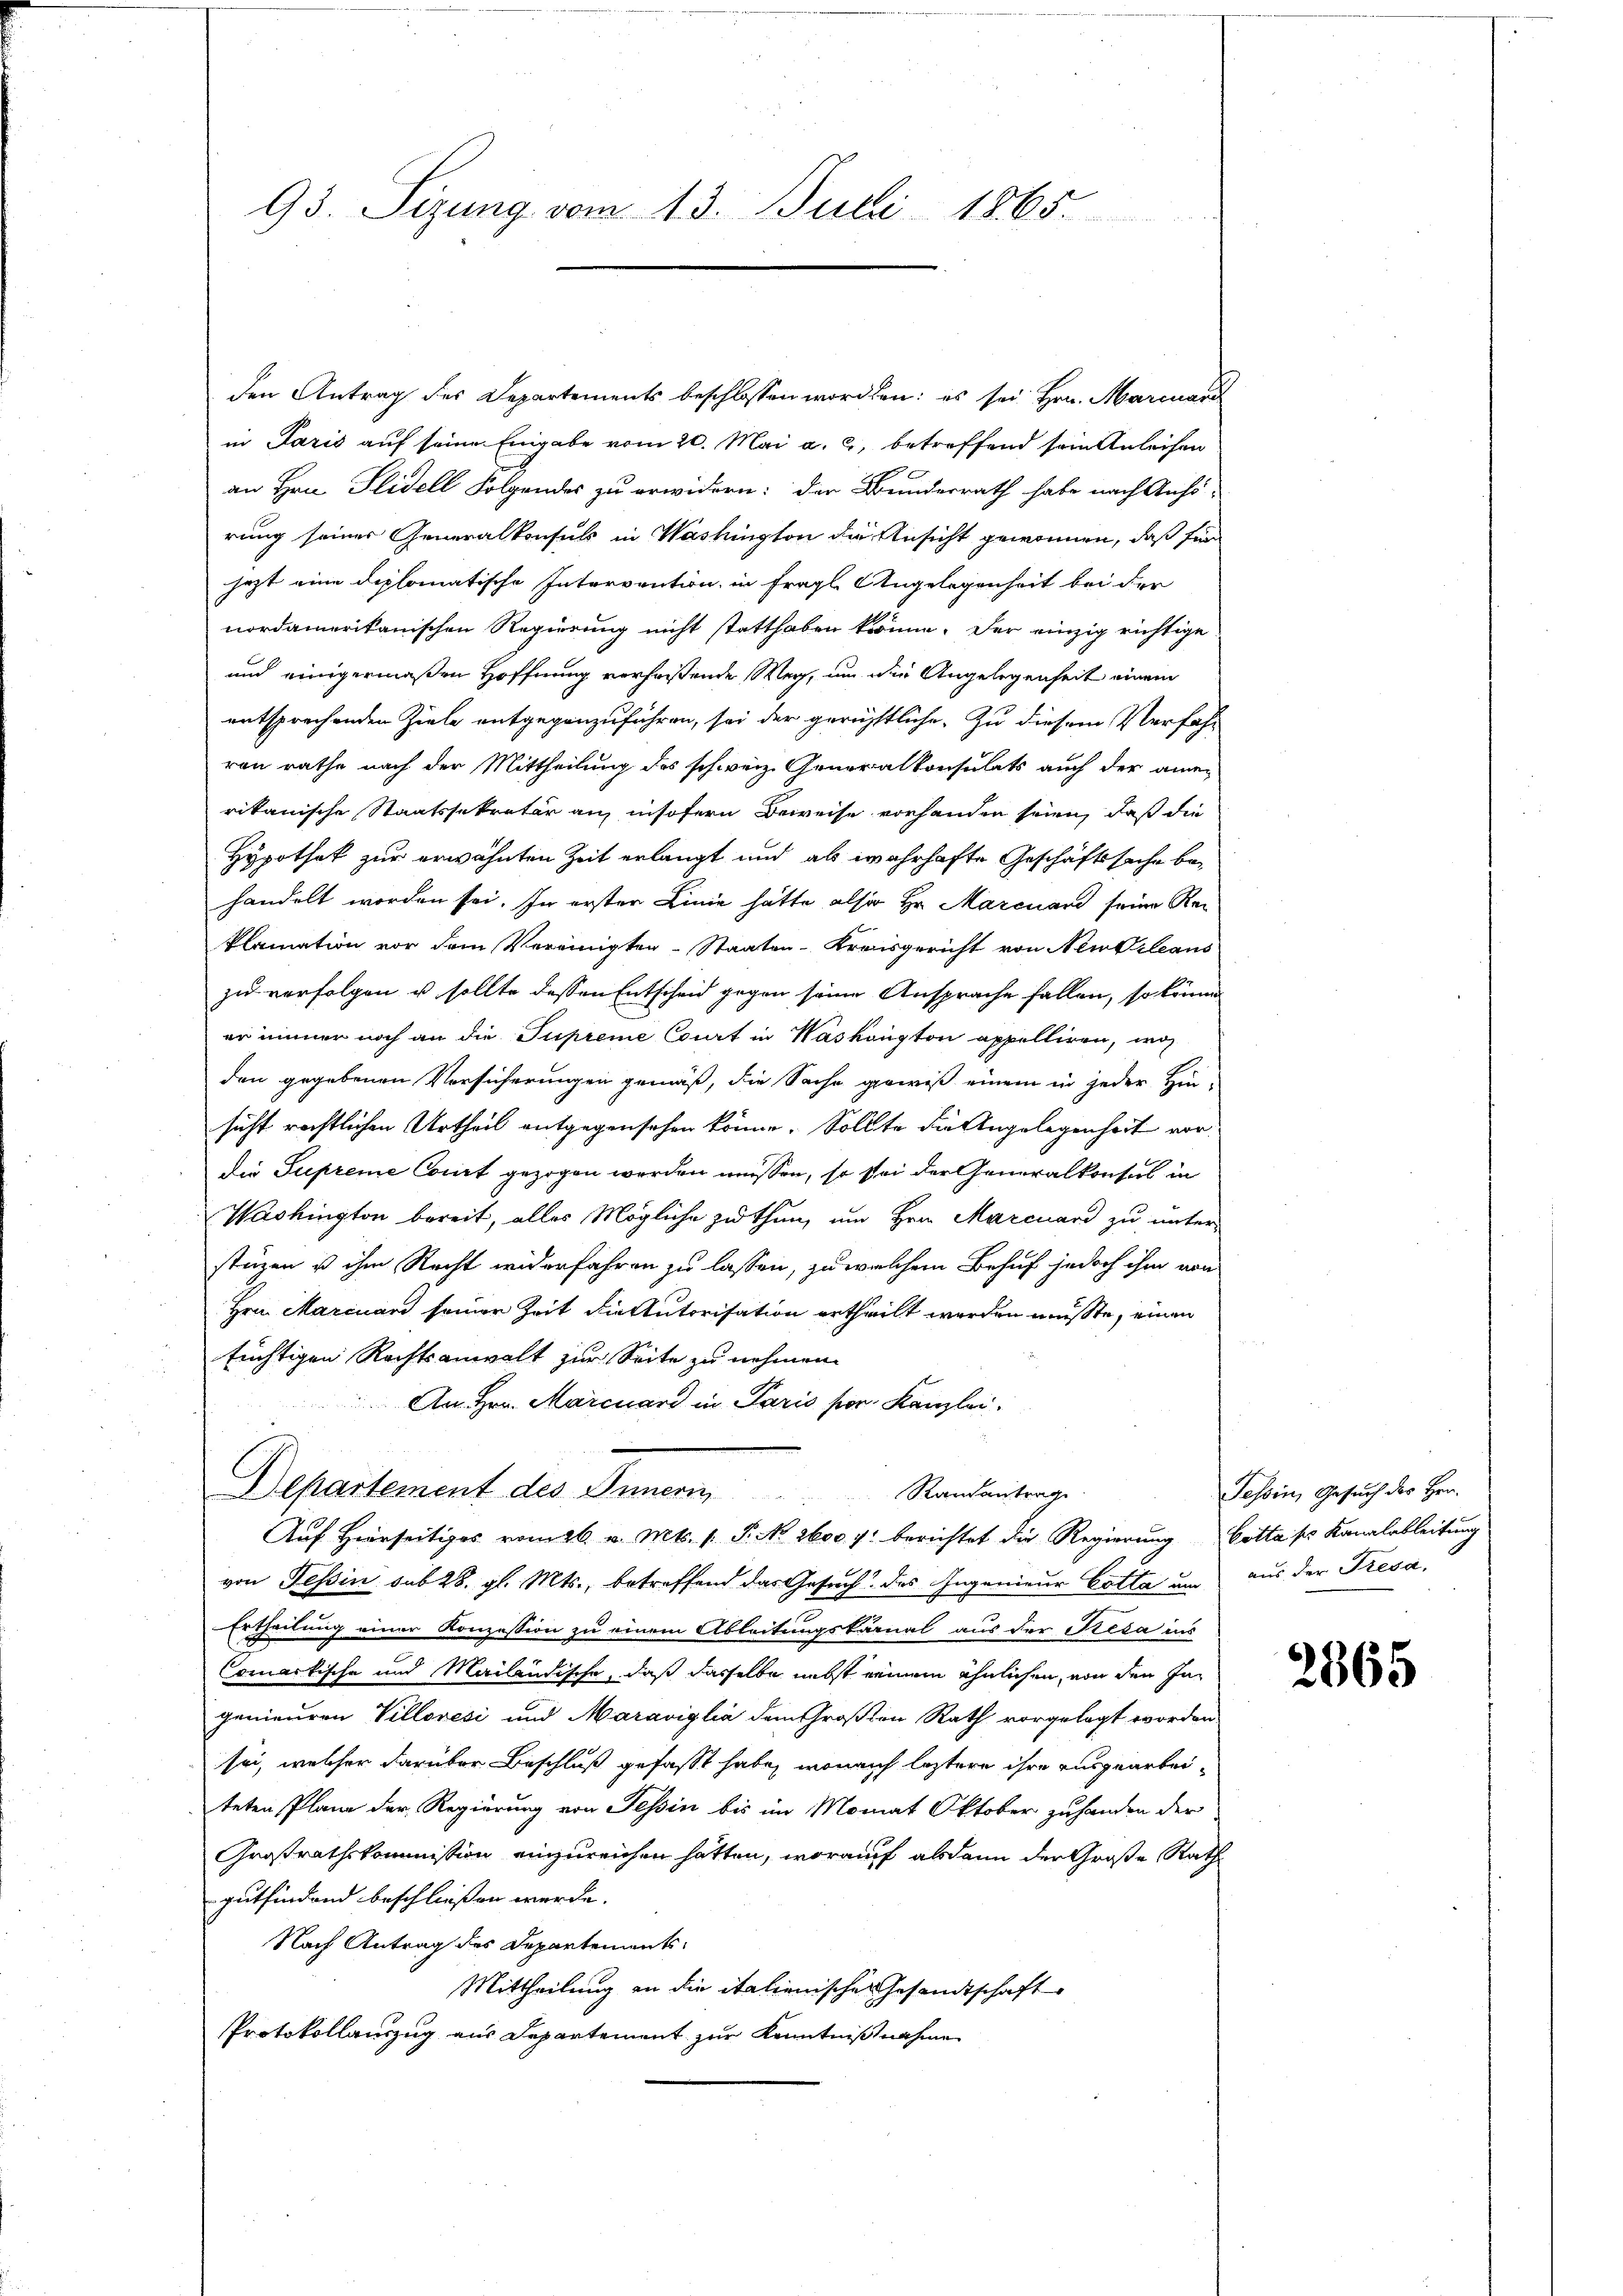
den Antrag des Departements beschlossen worden: es sei Hrn. Marcuard
in Paris auf seine Eingabe vom 20. Mai a. c., betreffend sein Anleihen
an Hrn. Seidell Folgendes zu erwidern: der Bundesrath habe nach Anhörung seiner Generalkonsuls in Washington die Ansicht gewonnen, daß für
jezt eine diplomatische Intervention, in fragl. Angelegenheit bei der
nordamerikanischen Regierung nicht statthaben könne. Der einzig richtige
und einigermaßen Hoffnung verfaßende Weg, um die Angelegenheit einem
entsprechenden Ziele entgegenzuführen, sei der gerichtliche. Zu diesem Verfahr
von rathe nach der Mittheilung des schweiz. Generalkonsulats auch der amen
rikanische Staatssekretär an, insofern Beweise vorhanden seien, daß die
Hypothek zur erwähnten Zeit erlangt und als wahrhafte Geschäftssache behandelt worden sei. In ersten Linie hätte also Hr. Marcuard seine Reklamation vor dem Vereinigten-Staaten-Kreisgericht von Neukleans
zu verfolgen u. sollte dessen Entscheid gegen seine Ansprache fallen, so könne
er immer noch an die Supreme Court in Wasköngton appelliren, wo
den gegebenen Versicherungen gemäß, die Sache gewiß einem in jeder Hin-
sicht rechtlichen Urtheil entgegensehen könne. Sollte die Angelegenheit vordie Supreme Court gezogen werden müssen, so sei der Generalkonsul in
Washington bereit, alles Mögliche zu thun, um Hrn. Marcuard zu unter-
stüzen ist ihm Recht widerfahren zu lassen, zu welchem Behuf jedoch ihm von
Hrn. Marcuard seiner Zeit die Autorisation ertheilt worden müßte, einen
süchtigen Rechtsanwalt zur Seite zu nehmen.
An Hrn. Marcuard in Paris vor. Kanzlei
Departement des Semmen,
Randantrag
Auf Hierseitiges vom 26. v. Mts. v. P. Nr. 2600 f: berichtet die Regierung Cotta ses Kanalableitung
von Tessin sub 28. gl. Mts., betreffend das Gesuch des Ingenieur Cotta un aus der Tresa-
Ertheilung einer Konzession zu einem Ableitungskanal aus der Resa ins
Comartische und Mailändische, daß dasselbe nebst einem ähnlichen, von den Ingenieuren Villovesi und Maraviglia dem Großen Rath vorgelegt worden
sei, welcher darüber Beschluß gefasst habe, wonach leztere ihre ausgearbeiteten Plane der Regierung von Tessin bis im Monat Oktober zuhanden der
Großrathskommission einzureichen hatten, worauf alsdann der Große Rath
gutfindend beschliessen werde.
Nach Antrag des Departement
Mittheilung an die italienisches Gesandtschaft
Protokollauszug aus Departement zur Kenntnißnahme

93. Sizung vom 13. Juli 1865.

Tessin, Gesuch des Her¬

2865